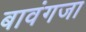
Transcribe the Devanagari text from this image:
बावंगजा